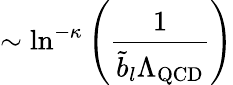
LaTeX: \sim\ln^{-\kappa}\left(\frac{1}{\tilde{b}_{l}\Lambda_{\mathrm{QCD}}}\right)